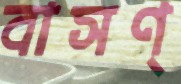
বাসণ্